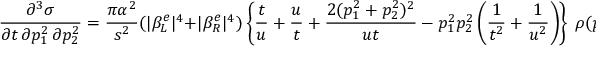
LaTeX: \frac { \partial ^ { 3 } \sigma } { \partial t \, \partial p _ { 1 } ^ { 2 } \, \partial p _ { 2 } ^ { 2 } } = \frac { \pi \alpha ^ { 2 } } { s ^ { 2 } } ( \vert \beta _ { L } ^ { e } \vert ^ { 4 } + \vert \beta _ { R } ^ { e } \vert ^ { 4 } ) \left\{ \frac { t } { u } + \frac { u } { t } + \frac { 2 ( p _ { 1 } ^ { 2 } + p _ { 2 } ^ { 2 } ) ^ { 2 } } { u t } - p _ { 1 } ^ { 2 } p _ { 2 } ^ { 2 } \left( \frac { 1 } { t ^ { 2 } } + \frac { 1 } { u ^ { 2 } } \right) \right\} \ \rho ( p _ { 1 } ^ { 2 } ) \ \rho ( p _ { 2 } ^ { 2 } )